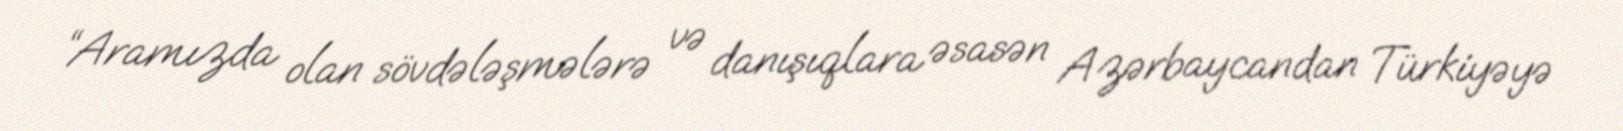
“Aramızda olan sövdələşmələrə və danışıqlara əsasən Azərbaycandan Türkiyəyə